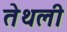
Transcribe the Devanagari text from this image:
तेथली